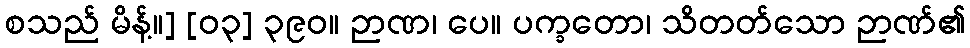
စသည် မိန့်။] [၀၃] ၃၉၀။ ဉာဏ၊ ပေ။ ပက္ခတော၊ သိတတ်သော ဉာဏ်၏